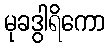
မုခဒွါရိကော